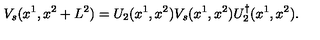
V _ { s } ( x ^ { 1 } , x ^ { 2 } + L ^ { 2 } ) = U _ { 2 } ( x ^ { 1 } , x ^ { 2 } ) V _ { s } ( x ^ { 1 } , x ^ { 2 } ) U _ { 2 } ^ { \dagger } ( x ^ { 1 } , x ^ { 2 } ) .